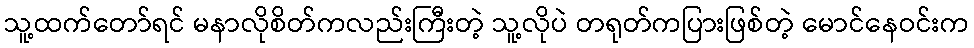
သူ့ထက်တော်ရင် မနာလိုစိတ်ကလည်းကြီးတဲ့ သူ့လိုပဲ တရုတ်ကပြားဖြစ်တဲ့ မောင်နေဝင်းက